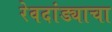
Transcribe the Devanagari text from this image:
रेवदांड्याचा